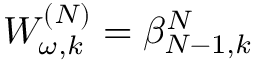
{ \cal W } _ { \omega , k } ^ { ( N ) } = \beta _ { N - 1 , k } ^ { N }